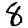
Digit: 8